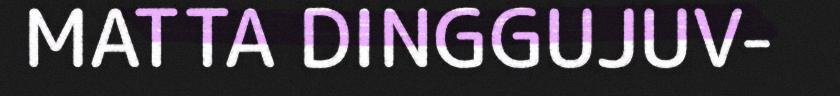
MATTA DINGGUJUV-